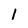
Character: 1